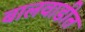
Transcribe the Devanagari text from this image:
बालवाडीत